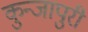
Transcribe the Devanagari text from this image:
कुन्जापुरी